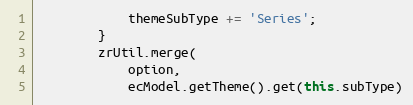
Language: JavaScript
            themeSubType += 'Series';
        }
        zrUtil.merge(
            option,
            ecModel.getTheme().get(this.subType)